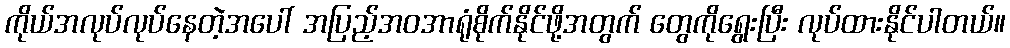
ကိုယ်အလုပ်လုပ်နေတဲ့အပေါ် အပြည့်အဝအာရုံစိုက်နိုင်ဖို့အတွက် တွေကိုရွေးပြီး လုပ်ထားနိုင်ပါတယ်။